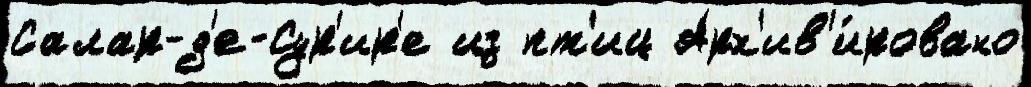
Салар-д'е-Сур'ир'е из пт'иц Арх'ив'и́ровано